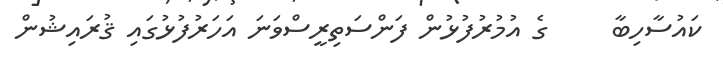
ކައުސާހިބާ     ގެ އުމުރުފުޅުން ފަންސަތިރީސްވަނަ އަހަރުފުޅުގައި ޤުރައިޝުން